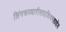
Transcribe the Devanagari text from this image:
लिंगरूपधारीसदाशिवमहादेव